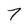
Character: 7